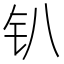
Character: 𫓥